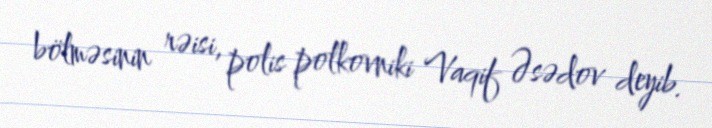
bölməsinin rəisi, polis polkovniki Vaqif Əsədov deyib.